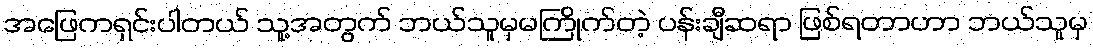
အဖြေကရှင်းပါတယ် သူ့အတွက် ဘယ်သူမှမကြိုက်တဲ့ ပန်းချီဆရာ ဖြစ်ရတာဟာ ဘယ်သူမှ